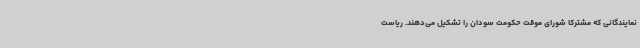
نمایندگانی که مشترکا شورای موقت حکومت سودان را تشکیل می‌دهند. ریاست